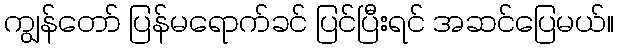
ကျွန်တော် ပြန်မရောက်ခင် ပြင်ပြီးရင် အဆင်ပြေမယ်။